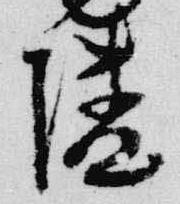
隣